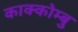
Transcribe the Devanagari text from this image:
काक्कोम्बु